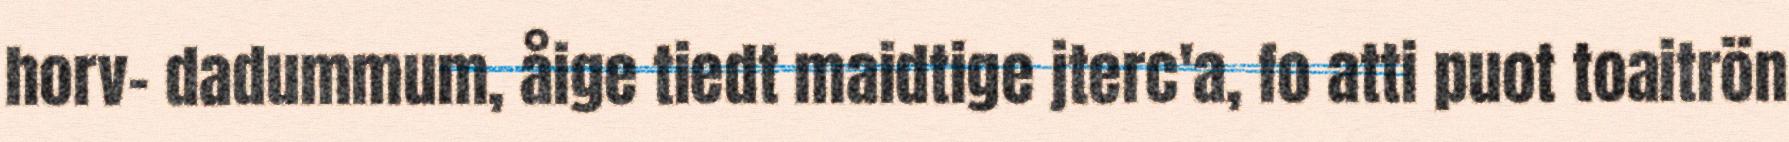
horv- dadummum, åige tiedt maidtige jterc'a, fo atti puot toaitrön